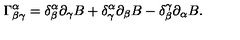
\Gamma _ { \beta \gamma } ^ { \alpha } = \delta _ { \beta } ^ { \alpha } \partial _ { \gamma } B + \delta _ { \gamma } ^ { \alpha } \partial _ { \beta } B - \delta _ { \beta } ^ { \gamma } \partial _ { \alpha } B .